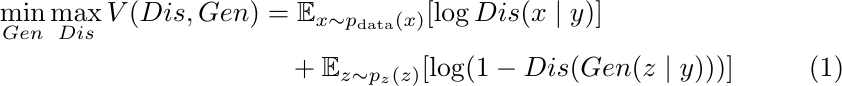
\begin{align}
    \min_{Gen} \max_{Dis} V(Dis, Gen) &= \mathbb{E}_{x \sim p_{\text{data}}(x)}[\log Dis(x \mid y)] \nonumber \\
    &\quad + \mathbb{E}_{z \sim p_{z}(z)}[\log (1 - Dis(Gen(z \mid y)))]
\end{align}